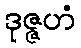
ဒုဇ္ဇဟံ